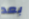
بعد